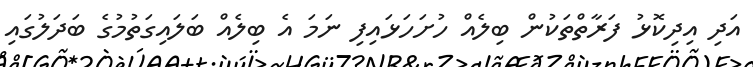
އަދި އިދިކޮޅު ފަރާތްތަކުން ބިލެއް ހުށަހަޅައިފި ނަމަ އެ ބިލެއް ބަލައިގަތުމުގެ ބަދަލުގައި